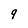
Character: 9